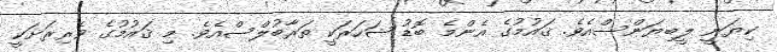
ކިޔަނީ ލީބިޔަންސްއެވެ. ޤައުމުގެ އެންމެ ބޮޑު ޝަހަރަކީ ތަރާބުލްސްއެވެ. މި ޤައުމުގެ ވެރިރަށަކީ